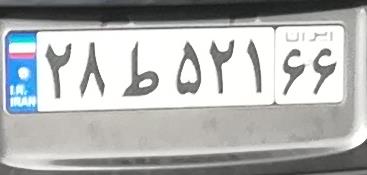
۲۸ط۵۲۱۶۶